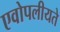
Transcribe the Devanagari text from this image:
एवोपलीयते